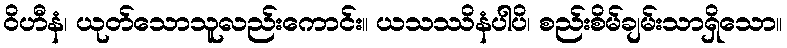
ဝိဟီနံ၊ ယုတ်သောသူလည်းကောင်း။ ယသဿိနံပါပိ၊ စည်းစိမ်ချမ်းသာရှိသော။